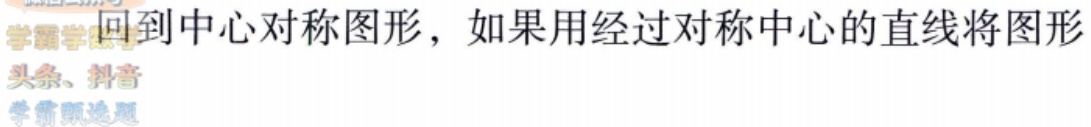
回到中心对称图形，如果用经过对称中心的直线将图形